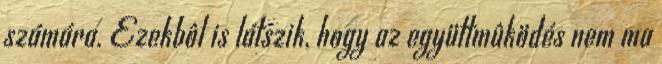
számára. Ezekbôl is látszik, hogy az együttmûködés nem ma